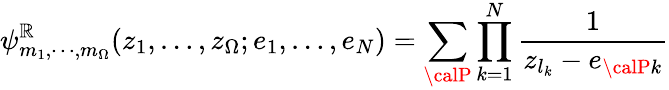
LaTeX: \psi_{m_{1},\cdots,m_{\Omega}}^{\mathbb{R}}(z_{1},\dots,z_{\Omega};e_{1},\dots,e_{N})=\sum_{\calP}\prod_{k=1}^{N}\frac{{1}}{{z_{l_{k}}-e_{{\calP}k}}}